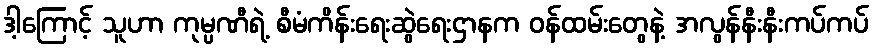
ဒါ့ကြောင့် သူဟာ ကုမ္ပဏီရဲ့ စီမံကိန်းရေးဆွဲရေးဌာနက ဝန်ထမ်းတွေနဲ့ အလွန်နီးနီးကပ်ကပ်